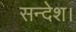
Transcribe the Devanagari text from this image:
सन्देश।